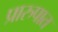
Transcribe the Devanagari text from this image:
प्रारुपात